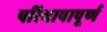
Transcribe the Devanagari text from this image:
परिभाषापूर्ण